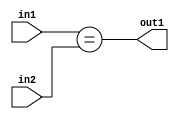
`timescale 1ps / 1ps
/*****************************************************************************
    Verilog RTL Description
    
    
    Created by: Stratus DpOpt 21.05.01 
*******************************************************************************/

module Filter_Equal_2Ux2U_1U_4 (
	in2,
	in1,
	out1
	); /* architecture "behavioural" */ 
input [1:0] in2,
	in1;
output  out1;
wire  asc001;

assign asc001 = (in1==in2);

assign out1 = asc001;
endmodule

/* CADENCE  urjzTAA= : u9/ySxbfrwZIxEzHVQQV8Q== ** DO NOT EDIT THIS LINE ******/